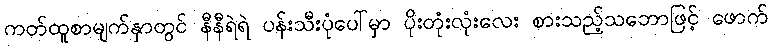
ကတ်ထူစာမျက်နှာတွင် နီနီရဲရဲ ပန်းသီးပုံပေါ်မှာ ပိုးတုံးလုံးလေး စားသည့်သဘောဖြင့် ဖောက်